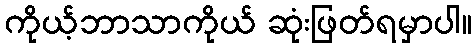
ကိုယ့်ဘာသာကိုယ် ဆုံးဖြတ်ရမှာပါ။